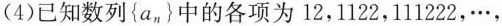
(4)已知数列{a_{n}}中的各项为12，1122，111222，···，